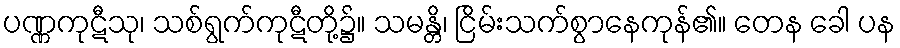
ပဏ္ဏကုဋီသု၊ သစ်ရွက်ကုဋီတို့၌။ သမန္တိ၊ ငြိမ်းသက်စွာနေကုန်၏။ တေန ခေါ ပန